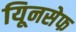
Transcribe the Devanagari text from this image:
यूिनसेफ